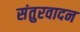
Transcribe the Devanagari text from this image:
संतुरवादन